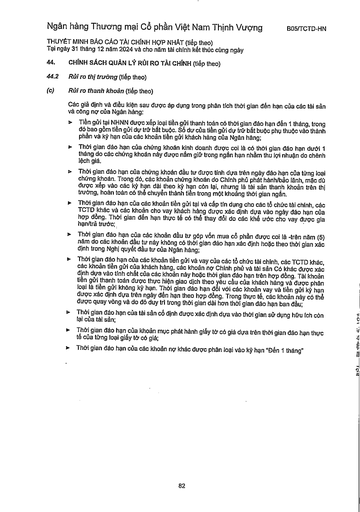
|44.|CHÍNH SÁCH QUẢN LÝ RỦI RO TÀI CHÍNH (tiếp theo)| |---|---| |44.2|Rủi ro thị trường (tiếp theo)| |(c)|Rủi ro thanh khoản (tiếp theo)| ||Các giả định và điều kiện sau được áp dụng trong phân tích thời gian đến hạn của các tài sản và công nợ của Ngân hàng:| ||Tiền gửi tại NHNN được xếp loại tiền gửi thanh toán có thời gian đáo hạn đến 1 tháng, trong đó bao gồm tiền gửi dự trữ bắt buộc. Số dư của tiền gửi dự trữ bắt buộc phụ thuộc vào thành phần và kỳ hạn của các khoản tiền gửi khách hàng của Ngân hàng;| ||Thời gian đáo hạn của chứng khoán kinh doanh được coi là có thời gian đáo hạn dưới 1 tháng do các chứng khoán này được nắm giữ trong ngắn hạn nhằm thu lợi nhuận do chênh lệch giá.| ||Thời gian đáo hạn của chứng khoán đầu tư được tính dựa trên ngày đáo hạn của từng loại chứng khoán. Trong đó, các khoản chứng khoán do Chính phủ phát hành/bảo lãnh, mạo dư được xếp vào các kỳ hạn dài theo kỳ hạn còn lại, nhưng là tài sản thanh khoản trên thị trường, hoàn toàn có thể chuyển thành tiền trong một khoảng thời gian ngắn.| ||Thời gian đáo hạn của các khoản tiền gửi tại và cấp tín dụng cho các tổ chức tài chính, các TCTD khác và các khoản cho vay khách hàng được xác định dựa vào ngày đáo hạn của hợp đồng. Thời gian đến hạn thực tế có thể thay đổi do các kế hoạch cho vay được gia hạn/trả trước;| ||Thời gian đáo hạn của các khoản đầu tư góp vốn mua cổ phần được coi là trên năm (5) năm do các khoản đầu tư này không có thời gian đáo hạn xác định hoặc theo thời gian xác định trong Nghị quyết đầu tư của Ngân hàng;| ||Thời gian đáo hạn của các khoản tiền gửi và vay của các tổ chức tài chính, các TCTD khác, các khoản tiền gửi của khách hàng, các khoản nợ Chính phủ và tài sản có khác được xác định dựa vào tính chất của các khoản này hoặc thời gian đáo hạn trên hợp đồng. Tài khoản tiền gửi thanh toán được thực hiện giao dịch theo yêu cầu của khách hàng và được phân loại là tiền gửi không kỳ hạn. Thời gian đáo hạn đối với các khoản vay và tiền gửi kỳ hạn được xác định dựa trên ngày đến hạn theo hợp đồng. Trong thực tế, các khoản này có thể được quay vòng và do đó duy trì trong thời gian dài hơn thời gian đáo hạn ban đầu;| ||Thời gian đáo hạn của tài sản cố định được xác định dựa vào thời gian sử dụng hữu ích còn lại của tài sản;| ||Thời gian đáo hạn của khoản mục phát hành giấy tờ có giá dựa trên thời gian đáo hạn thực tế của từng loại giấy tờ có giá;| ||Thời gian đáo hạn của các khoản nợ khác được phân loại vào kỳ hạn "Đến 1 tháng"|